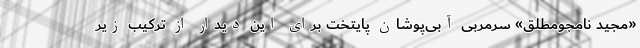
«مجید نامجومطلق» سرمربی آبی‌پوشان پایتخت برای این دیدار از ترکیب زیر